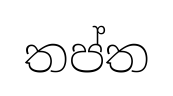
තප්ත